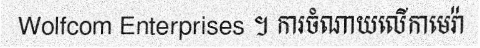
Wolfcom Enterprises ។ ការចំណាយលើកាមេរ៉ា